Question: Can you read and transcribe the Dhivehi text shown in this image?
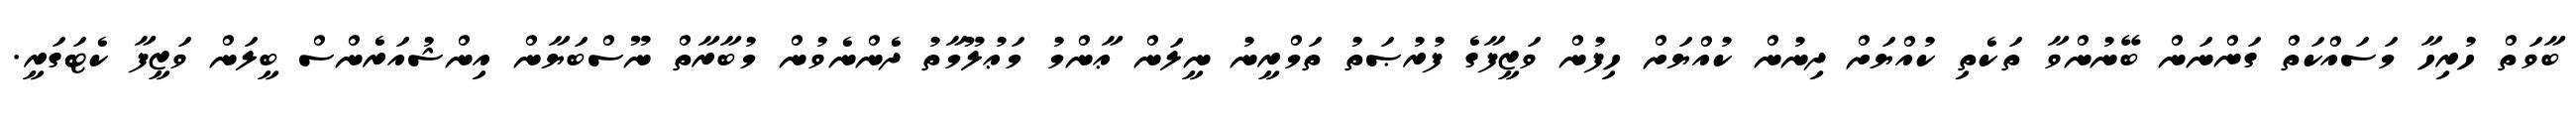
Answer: ބާވަތް ހުރިހާ މަސައްކަތް ގަންނަން ބޭނުންވާ ތަކެތި ކުއްޔަށް ދިނުން ކުއްޔަށް ހިފުން ވަޒީފާގެ ފުރުޞަތު ތަމްރީނު ނީލަން ޢާންމު މަޢުލޫމާތު ދެންނެވުން މުބާރާތް ނޫސްބަޔާން އިންޝުއަރެންސް ބީލަން ވަޒީފާ ކެޓަގަރީ.